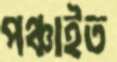
পঞ্চাইত